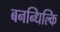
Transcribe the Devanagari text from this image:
बनन्धिल्कि